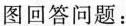
图回答问题：